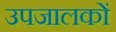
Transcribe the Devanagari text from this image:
उपजालकों